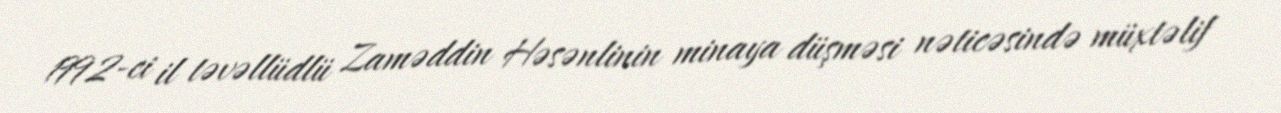
1992-ci il təvəllüdlü Zaməddin Həsənlinin minaya düşməsi nəticəsində müxtəlif